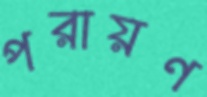
পরায়ণ